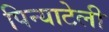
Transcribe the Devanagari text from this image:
पिन्याटेली